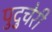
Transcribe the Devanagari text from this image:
पुदु्चेरी